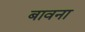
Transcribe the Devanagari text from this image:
बावना